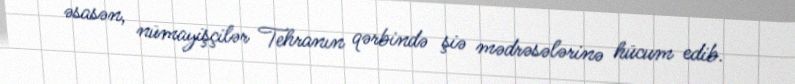
əsasən, nümayişçilər Tehranın qərbində şiə mədrəsələrinə hücum edib.